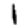
Digit: 1